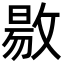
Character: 敭